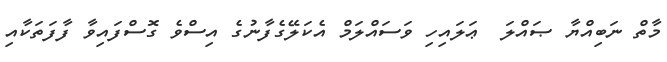
މާތް ނަބިއްޔާ ޞައްލަ  ޢަލައިހި ވަސައްލަމް އެކަލޭގެފާނުގެ އިސްވެ ގޮސްފައިވާ ފާފަތަކާއި